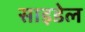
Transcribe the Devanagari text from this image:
साइडेल